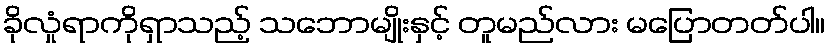
ခိုလှုံရာကိုရှာသည့် သဘောမျိုးနှင့် တူမည်လား မပြောတတ်ပါ။